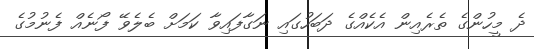
ދެ މީހުންގެ ތެރެއިން އެކެއްގެ ދަބަހުގައި ނަގާފައިވާ ކަމަށް ބެލެވޭ ފޯނެއް ފެނުމުގެ